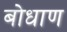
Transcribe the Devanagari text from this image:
बोधाण